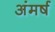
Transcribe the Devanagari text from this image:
अंमर्ष